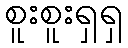
စူးစူးရှရှ